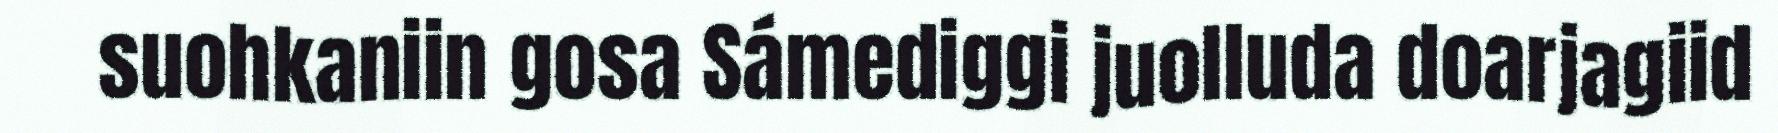
suohkaniin gosa Sámediggi juolluda doarjagiid